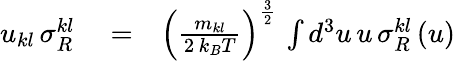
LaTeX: \begin{array}{rlr}{u_{kl}\, \sigma_{R}^{kl}}&{{}=}&{\left(\frac{m_{kl}}{2\, k_{B}T}\right)^{\frac{3}{2}}\, \int d^{3}u\, u\, \sigma_{R}^{kl}\left(u\right)}\end{array}